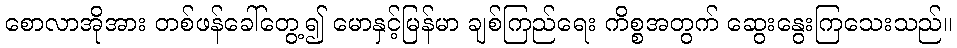
စောလာအိုအား တစ်ဖန်ခေါ်တွေ့၍ မောနှင့်မြန်မာ ချစ်ကြည်ရေး ကိစ္စအတွက် ဆွေးနွေးကြသေးသည်။